NAE_EAA_P-553_Koit_kolhoos, lk 26
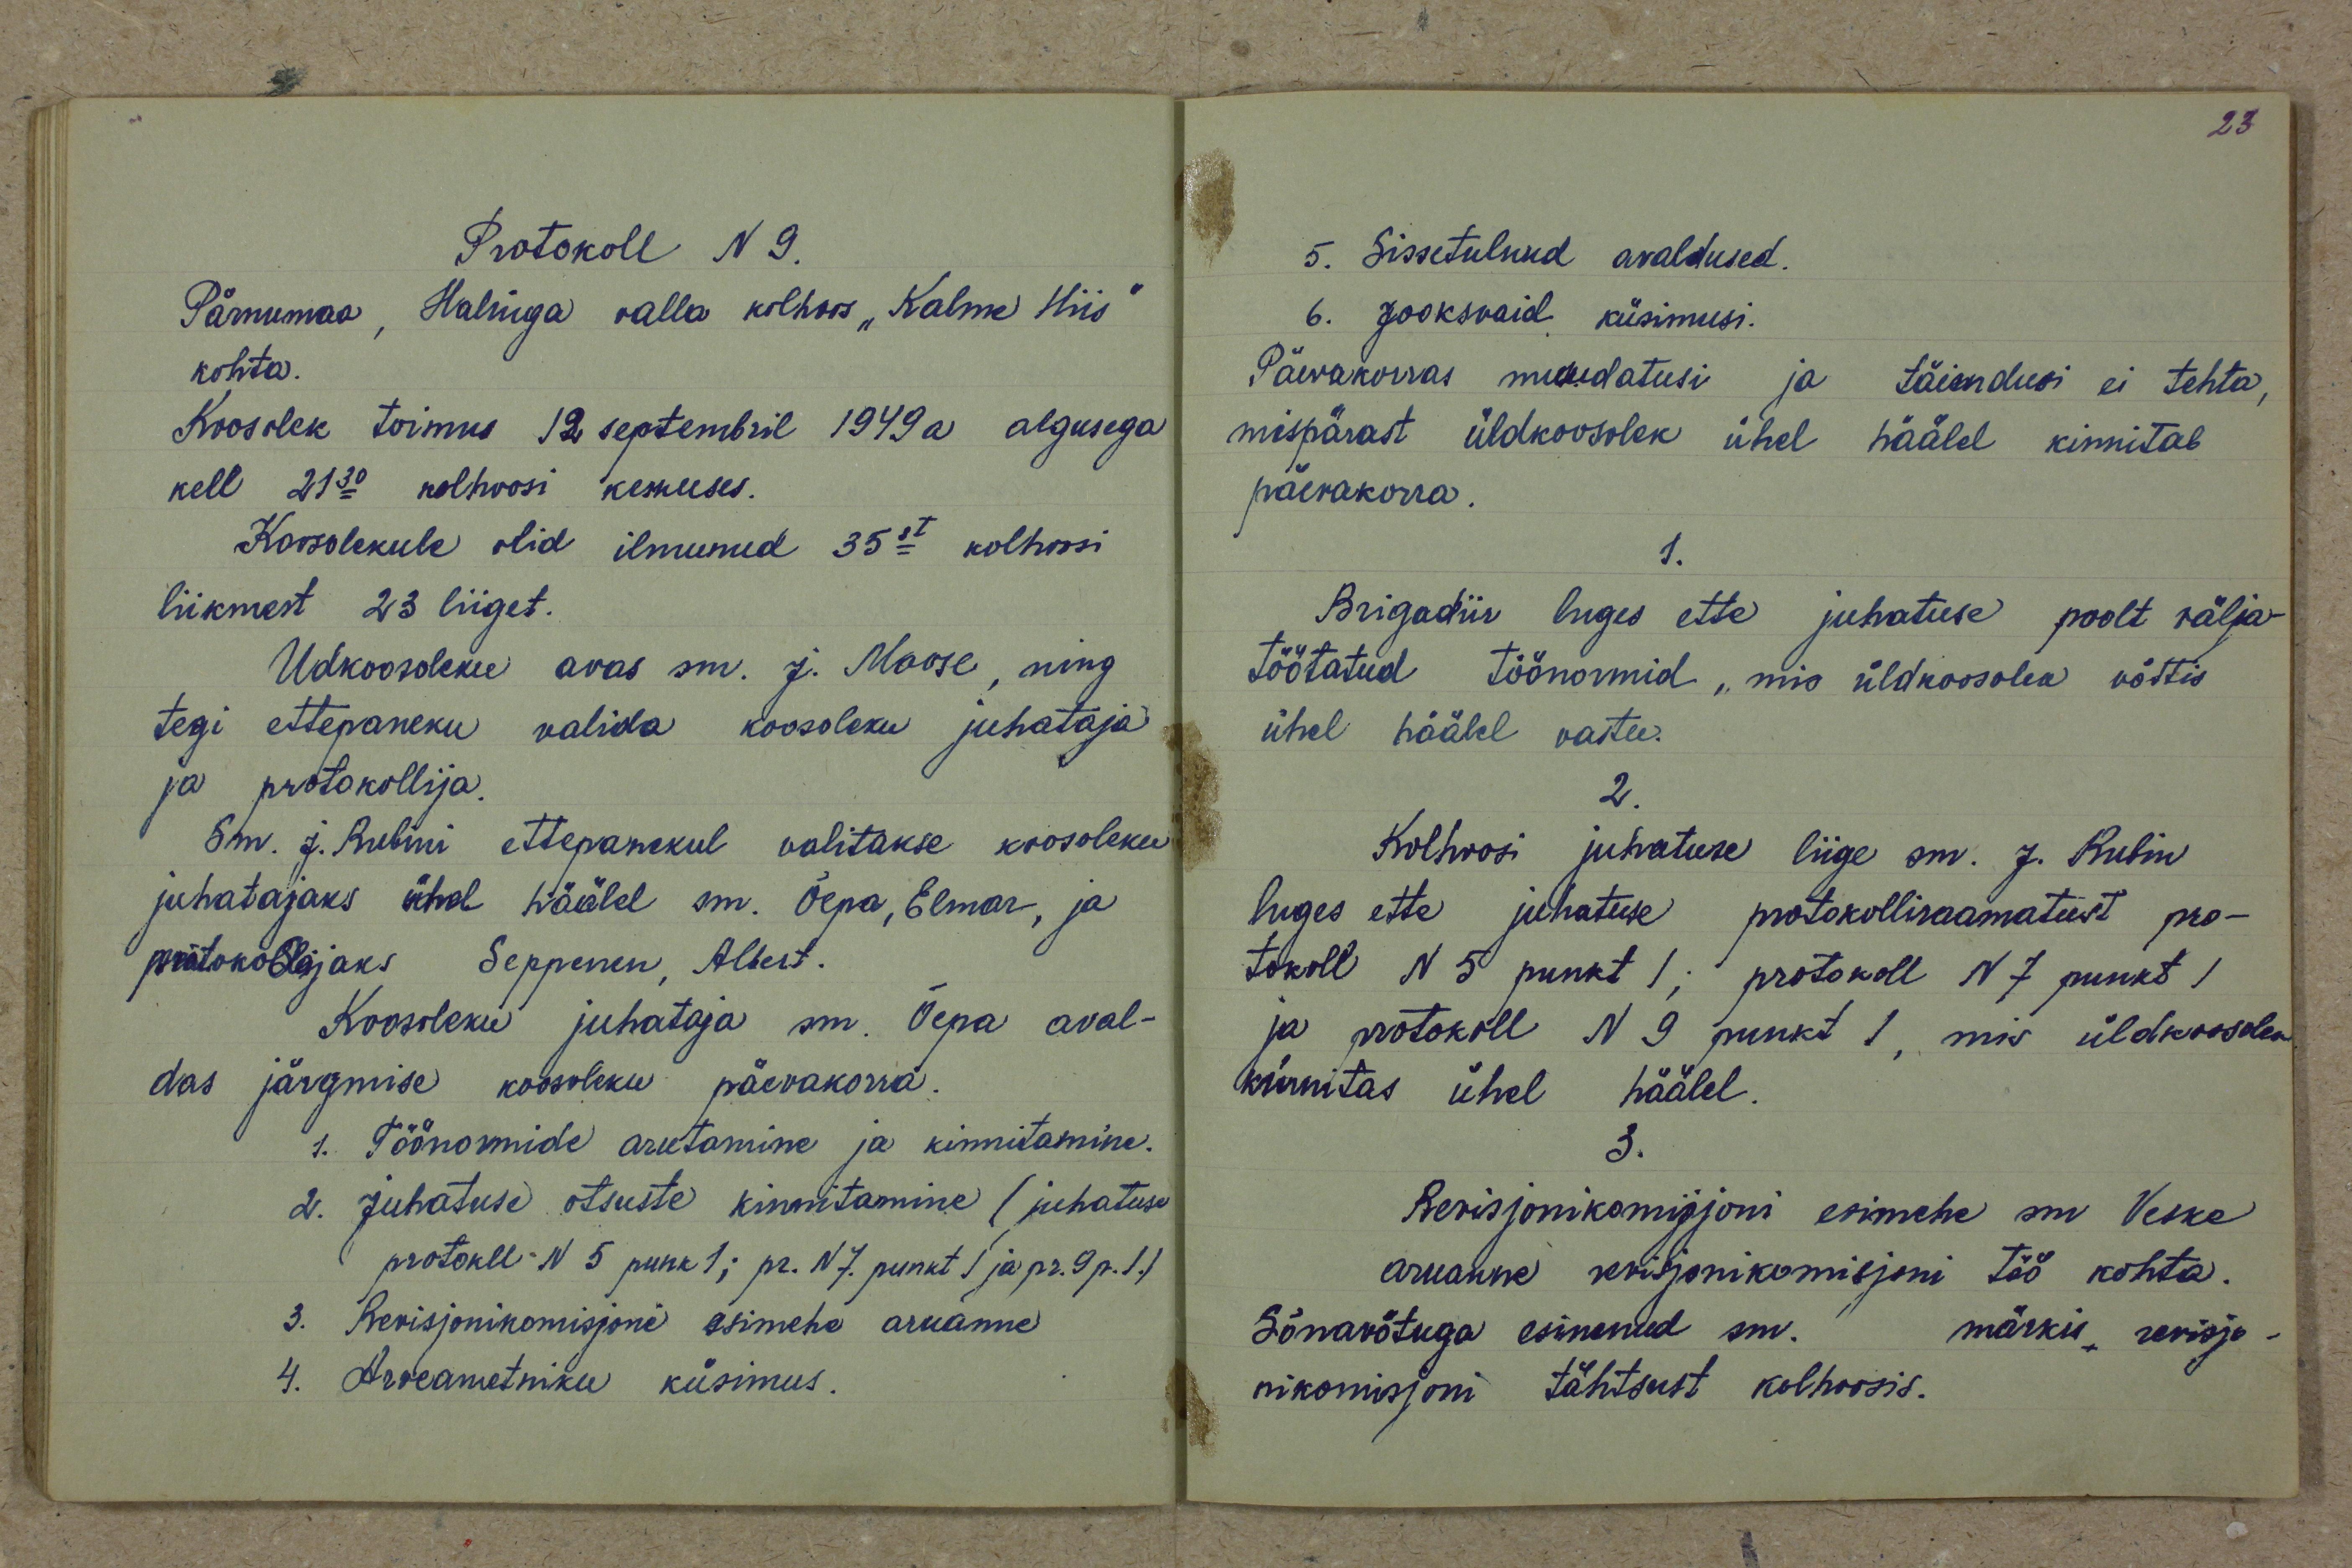
Protokoll N 9.
Pärnumaa, Halinga valla kolhoos "Kalme Hiis"
kohta.
Koosolek toimus 12 septembril 1949a algusega
kell 21.30 kolhoosi keskuses.
Koosolekule olid ilmunud 35st kolhoosi
liikmest 23 liiget.
Uldkoosoleku avas sm. J. Moose, ning
tegi ettepaneku valida koosoleku juhataja
ja protokollija.
Sm. J. Rubini ettepanekul valitakse koosoleku
juhatajaks ühel häälel sm. Õepa, Elmar, ja
protokollijaks Seppenen, Albert.
Koosoleku juhataja sm. Õepa aval-
das järgmise koosoleku päevakorra.
1. Töönormide arutamine ja kinnitamine.
2. Juhatuse otsuste kinnitamine (juhatuse
protokoll N 5 punk 1; pr. N 7. punkt 1 ja pr. 9 p. 1.)
3. Revisjonikomisjoni esimehe aruanne
4. Arveametniku küsimus.

5. Sissetulnud avaldused.
6. Jooksvaid küsimusi.
Päevakorras muudatusi ja täiendusi ei tehta,
mispärast üldkoosolek ühel hääle kinnitab
päevakorra.
1.
Brigadiir luges ette juhatuse poolt välja-
töötatud töönormid, mis üldkoosolek võttis
ühel häälel vastu.
2.
Kolhoosi juhatuse liige sm. J. Rubin
luges ette juhatuse protokolliraamatust pro-
tokoll N 5 punkt 1; protokoll N 7 punkt 1
ja protokoll N 9 punkt 1, mis üldkoosolek
kinnitas ühel häälel.
3.
Revisjonikomisjoni esimehe sm Veske
aruanne revisjonikomisjoni töö kohta.
Sõnavõtuga esinenud sm.
märkis revisjo-
nikomisjoni tähtsust kolhoosis.